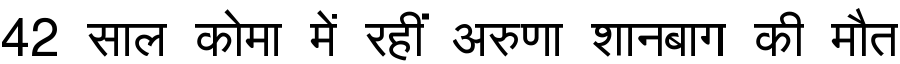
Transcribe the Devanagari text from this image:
42 साल कोमा में रहीं अरुणा शानबाग की मौत